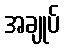
အချုပ်